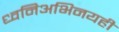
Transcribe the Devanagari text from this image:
ध्वनिअभिनयही